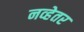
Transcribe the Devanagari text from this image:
नव्हेतर